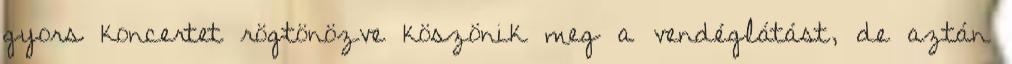
gyors koncertet rögtönözve köszönik meg a vendéglátást, de aztán